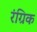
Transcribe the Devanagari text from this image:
रंग्रिक